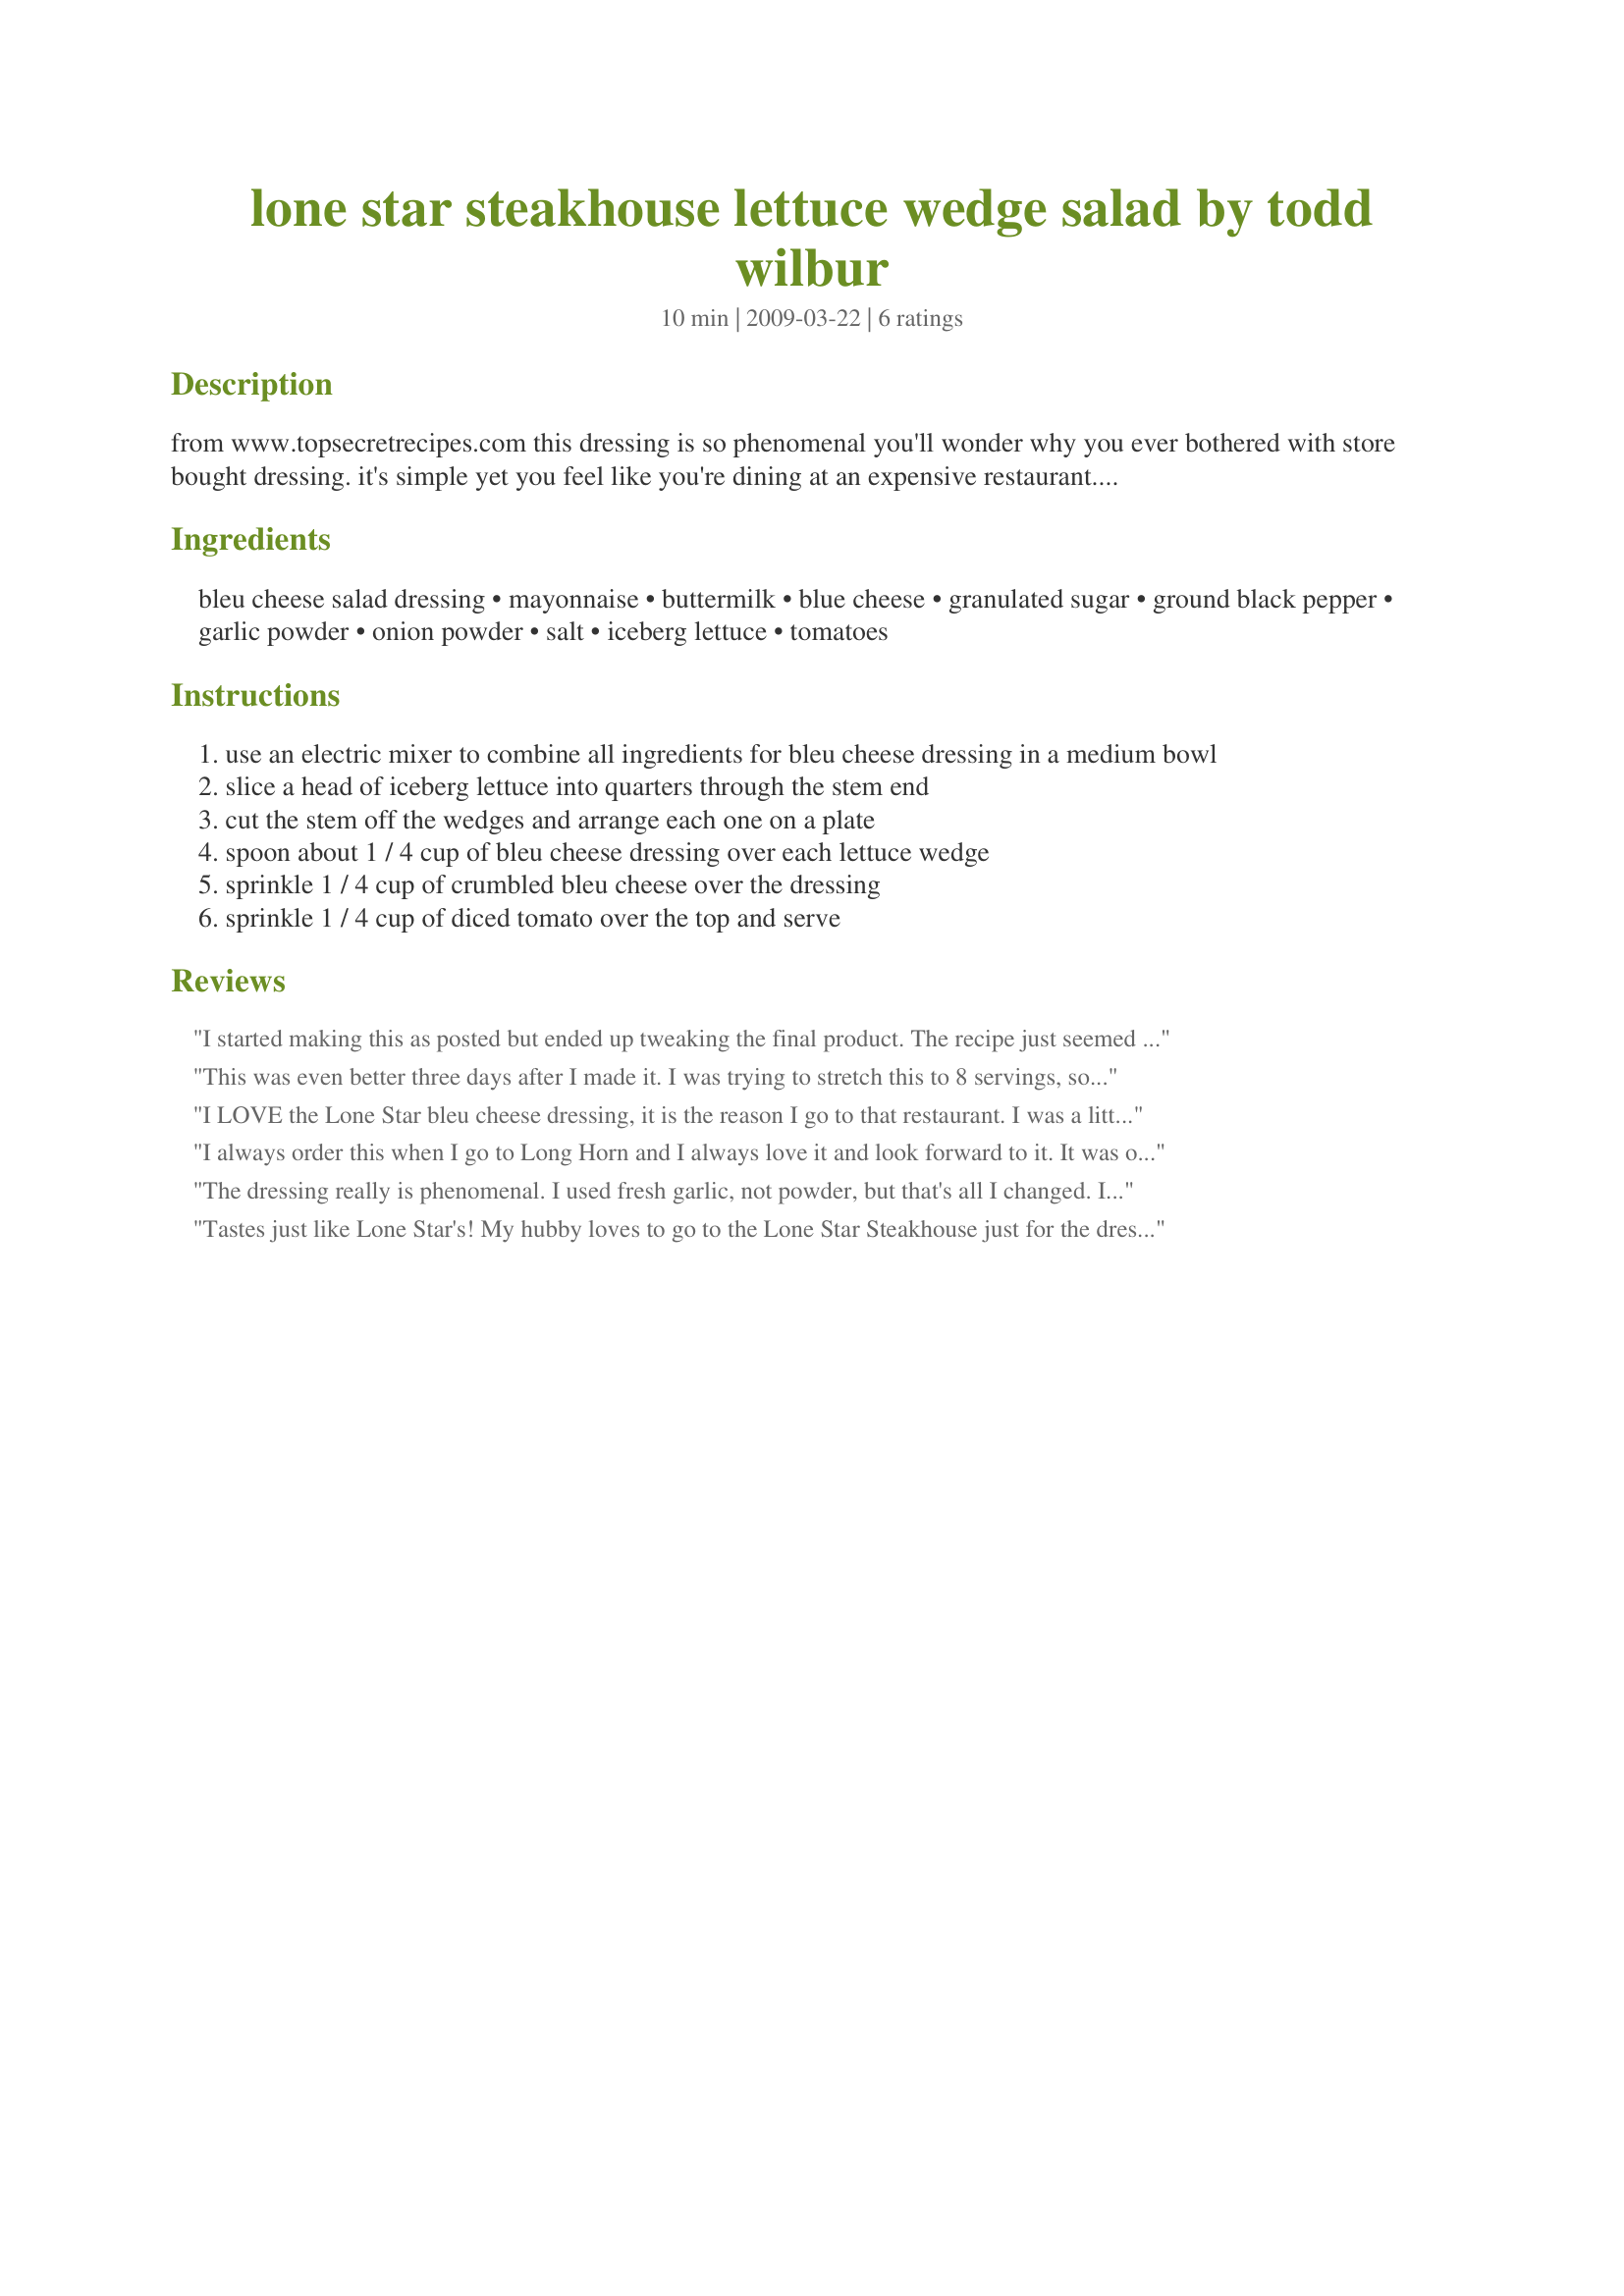
lone star steakhouse lettuce wedge salad by todd wilbur
Preparation time: 10 minutes

from www.topsecretrecipes.com this dressing is so phenomenal you'll wonder why you ever bothered with store bought dressing. it's simple yet you feel like you're dining at an expensive restaurant. i don't normally have buttermilk, but a quick tip from joy of cooking i do regularly is to throw in a splash of vinegar to the milk (does the trick and you don't have to go buy buttermilk). i don't know if this recipe is a good copycat of lonestar's, but i do know you'll scarf down your salad. recipe from top secret restaurant recipes 2 by todd wilbur. thank you todd!

Ingredients:
bleu cheese salad dressing, mayonnaise, buttermilk, blue cheese, granulated sugar, ground black pepper, garlic powder, onion powder, salt, iceberg lettuce, tomatoes

Steps:
use an electric mixer to combine all ingredients for bleu cheese dressing in a medium bowl
slice a head of iceberg lettuce into quarters through the stem end
cut the stem off the wedges and arrange each one on a plate
spoon about 1 / 4 cup of bleu cheese dressing over each lettuce wedge
sprinkle 1 / 4 cup of crumbled bleu cheese over the dressing
sprinkle 1 / 4 cup of diced tomato over the top and serve

Reviews:
I started making this as posted but ended up tweaking the final product. The recipe just seemed to be missing something. The changes made were to increase the bleu cheese, garlic and onion powders, and add about 1/2 T Hidden Valley Ranch powder.
This was even better three days after I made it. I was trying to stretch this to 8 servings, so I used equal amounts of mayo and buttermilk (so 3/4 cup of each). I had some green onions, so I minced a few up and added them instead of the onion powder. Really delicious, with an even more pronounced bleu cheese flavor after being refrigerated for a few days.
I LOVE the Lone Star bleu cheese dressing, it is the reason I go to that restaurant. I was a little skeptical, but this tastes VERY much like it. It is so good, and very easy to make. Also, I just used a wisk to mix everything, didn't bother using the hand mixer, and it worked out just fine.
I always order this when I go to Long Horn and I always love it and look forward to it. It was our anniversary over the weekend and I wanted to make a special salad, so this is what I chose to make and DH and I adore it. It was excellent and the only change I made was to add some minced bacon and some sliced black olives. It made our meal so special...Outstanding!
The dressing really is phenomenal. I used fresh garlic, not powder, but that's all I changed. I made the dressing about 4 hours ahead of time, so the flavors could meld. The chopped tomatoes added some color to this simple, delicious salad. Thanx for posting!
Tastes just like Lone Star's! My hubby loves to go to the Lone Star Steakhouse just for the dressing. He talks about it all the time. Well last week, he brought home some bleu cheese for me to make our own! So I used it with this recipe, not knowing if it would taste as good. I followed the recipe exactly, except that I didn't have buttermilk, so I did the vinegar in milk thing. I did use the mixer to mix. It came out really thick and creamy. The longer it sits before using the thicker it gets. We had it on crispy, cold iceberg lettuce with tomatoes. It was heavenly! Hearing my hubby's mmmm's and ohhhhh's as he ate, made it worth making! This recipe is a keeper! Thank you for posting it!
